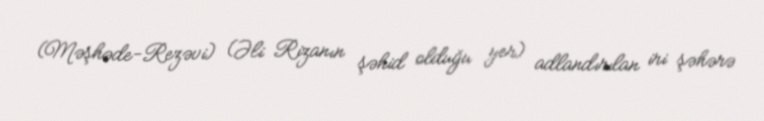
(Məşhəde-Rezəvi) (Əli Rizanın şəhid olduğu yer) adlandırılan iri şəhərə